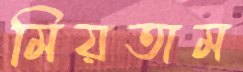
মিয়তাম